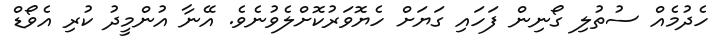
ހެދުމެއް ސުތުލި ގޯނިން ފަހައި ގަޔަށް ހެޔޮވަރުކޮށްލެވުނެވެ. އޭނާ އުންމީދު ކުރި އެވޯޑް